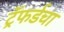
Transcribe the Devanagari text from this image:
ट्रॅफर्डचा